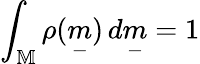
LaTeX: \int_{\mathbb{M}}\rho(\underset{-}{m})\, d\underset{-}{m}=1